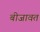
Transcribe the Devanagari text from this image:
बीजावत